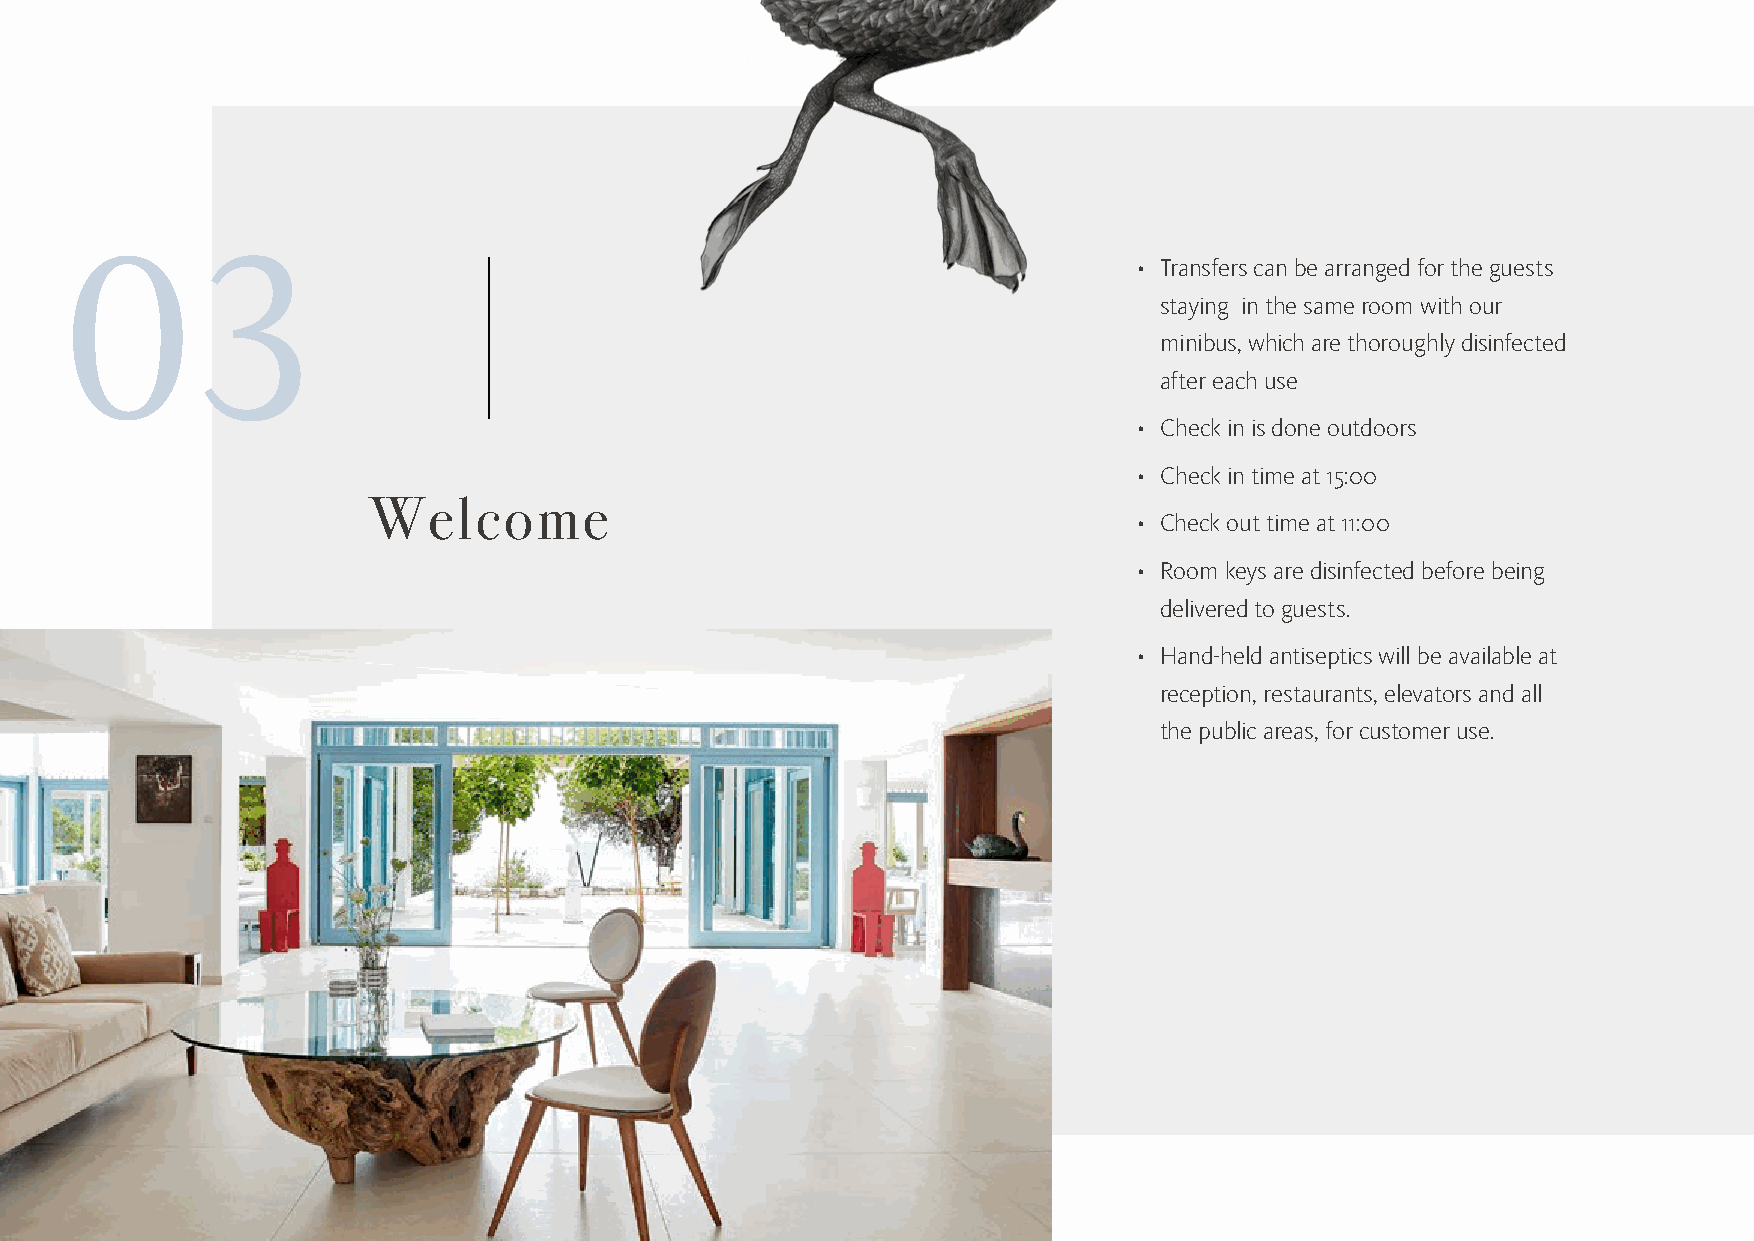
03                                                                     • Transfers can be arranged for the guests
 staying in the same room with our
 minibus, which are thoroughly disinfected
 after each use
 • Check in is done outdoors
 • Check in time at 15:00
 Welcome
 • Check out time at 11:00
 • Room keys are disinfected before being
 delivered to guests.
 • Hand-held antiseptics will be available at
 reception, restaurants, elevators and all
 the public areas, for customer use.